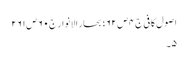
اصول کافی ج٤ ص ٦٢؛ بحار الانوار ج٠ ٦ ص ٢٦١
٥۔